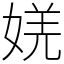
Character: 㛨